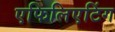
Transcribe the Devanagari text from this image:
एफिलिएटिंग